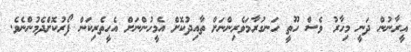
އީރާނުން ދަނީ މިހާރު ވެސް ހޫތީ ހަނގުރާމަވެރިންނަށް ތާއިދުކޮށް އެމީހުންނަށް އެހީތެރިކަން ފޯރުކޮށްދެމުންނެވެ.